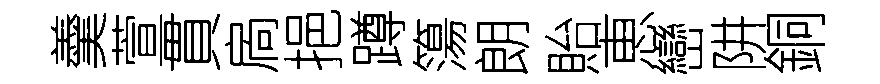
羹萱貫扄挹蹲簜朗貽恵巒阱銅